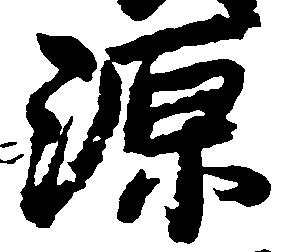
源